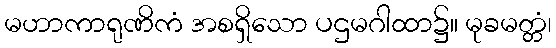
မဟာကာရုဏိကံ အစရှိသော ပဌမဂါထာ၌။ မုခမတ္တံ၊